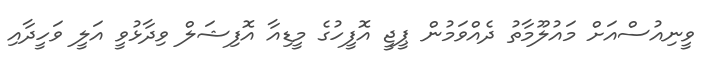
ވީނިއުސްއަށް މައުލޫމާތު ދެއްވަމުން ޕީޖީ އޮފީހުގެ މީޑިއާ އޮފިޝަލް ވިދާޅުވީ އަލީ ވަހީދާއި